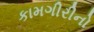
કામગીરીનો